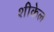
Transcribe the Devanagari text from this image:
शीकेल